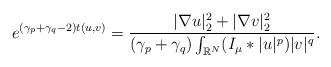
LaTeX: \begin{align*}e^{(\gamma_p+\gamma_q-2)t(u,v)}=\frac{|\nabla u|^2_2+|\nabla v|^2_2}{(\gamma_p+\gamma_q)\int_{\mathbb{R}^N}(I_\mu*|u|^{p})|v|^{q}}.\end{align*}